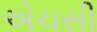
એચસી